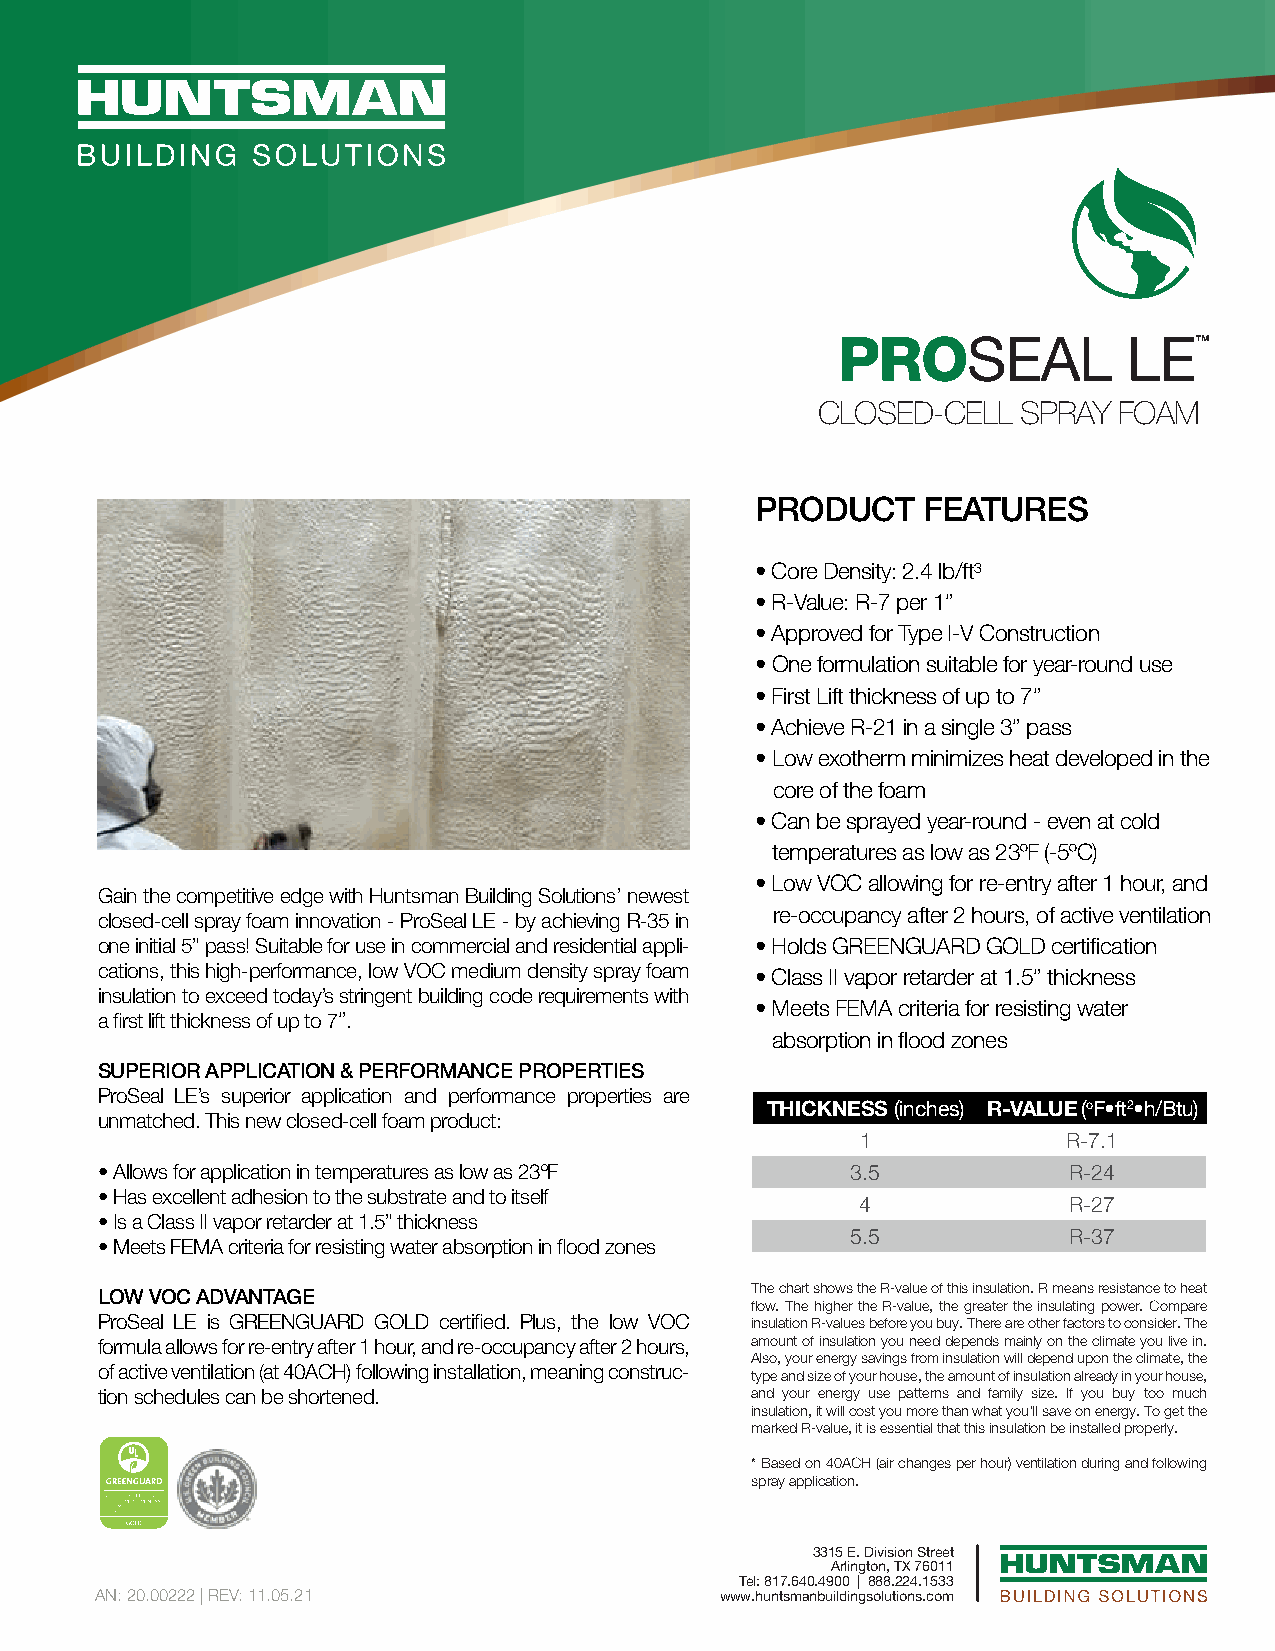
PROSEAL             LE™
 CLOSED-CELL   SPRAY FOAM
 PRODUCT    FEATURES
 • Core Density: 2.4 lb/ft³
 • R-Value: R-7 per 1”
 • Approved for Type I-V Construction
 • One formulation suitable for year-round use
 • First Lift thickness of up to 7”
 • Achieve R-21 in a single 3” pass
 • Low exotherm minimizes heat developed in the
 core of the foam
 • Can be sprayed year-round - even at cold
 temperatures as low as 23ºF (-5ºC)
 • Low VOC allowing for re-entry after 1 hour, and
 Gain the competitive edge with Huntsman Building Solutions’ newest
 re-occupancy after 2 hours, of active ventilation
 closed-cell spray foam innovation - ProSeal LE - by achieving R-35 in
 one initial 5” pass! Suitable for use in commercial and residential appli- • Holds GREENGUARD GOLD certification
 cations, this high-performance, low VOC medium density spray foam • Class II vapor retarder at 1.5” thickness
 insulation to exceed today’s stringent building code requirements with
 • Meets FEMA criteria for resisting water
 a first lift thickness of up to 7”.
 absorption in flood zones
 SUPERIOR APPLICATION & PERFORMANCE PROPERTIES
 ProSeal LE’s superior application and performance properties are
 THICKNESS (inches) R-VALUE (oF•ft2•h/Btu)
 unmatched. This new closed-cell foam product:
 1             R-7.1
 • Allows for application in temperatures as low as 23ºF 3.5      R-24
 • Has excellent adhesion to the substrate and to itself
 4             R-27
 • Is a Class II vapor retarder at 1.5” thickness
 5.5            R-37
 • Meets FEMA criteria for resisting water absorption in flood zones
 LOW VOC ADVANTAGE                           The chart shows the R-value of this insulation. R means resistance to heat
 flow. The higher the R-value, the greater the insulating power. Compare
 ProSeal LE is GREENGUARD GOLD certified. Plus, the low VOC insulation R-values before you buy. There are other factors to consider. The
 formula allows for re-entry after 1 hour, and re-occupancy after 2 hours, amount of insulation you need depends mainly on the climate you live in.
 Also, your energy savings from insulation will depend upon the climate, the
 of active ventilation (at 40ACH) following installation, meaning construc-
 type and size of your house, the amount of insulation already in your house,
 tion schedules can be shortened.            and your energy use patterns and family size. If you buy too much
 insulation, it will cost you more than what you'll save on energy. To get the
 marked R-value, it is essential that this insulation be installed properly.
 * Based on 40ACH (air changes per hour) ventilation during and following
 spray application.
 3315 E. Division Street
 Arlington, TX 76011
 Tel: 817.640.4900 | 888.224.1533
 AN: 20.00222 | REV: 11.05.21              www.huntsmanbuildingsolutions.com